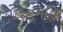
કાચમણિ